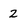
Character: 2